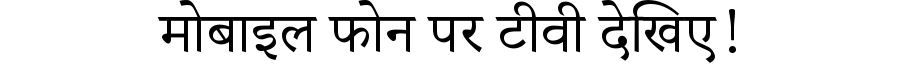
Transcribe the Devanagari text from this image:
मोबाइल फोन पर टीवी देखिए!